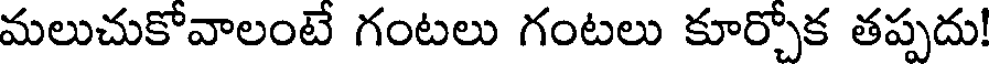
మలుచుకోవాలంటే గంటలు గంటలు కూర్చోక తప్పదు!